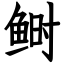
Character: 鲥